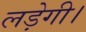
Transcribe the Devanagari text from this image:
लड़ेगी।